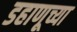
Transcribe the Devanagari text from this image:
डहाणूच्या